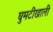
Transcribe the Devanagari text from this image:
घुमटीखाली